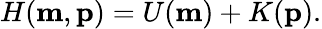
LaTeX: \begin{array}{r}{H(\mathbf{m},\mathbf{p})=U(\mathbf{m})+K(\mathbf{p}).}\end{array}